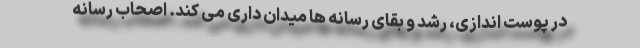
در پوست اندازی، رشد و بقای رسانه ها میدان داری می کند. اصحاب رسانه